Report on the bubonic plague in Bombay, 1896-1897
Year: 1896
Disease focus: Plague
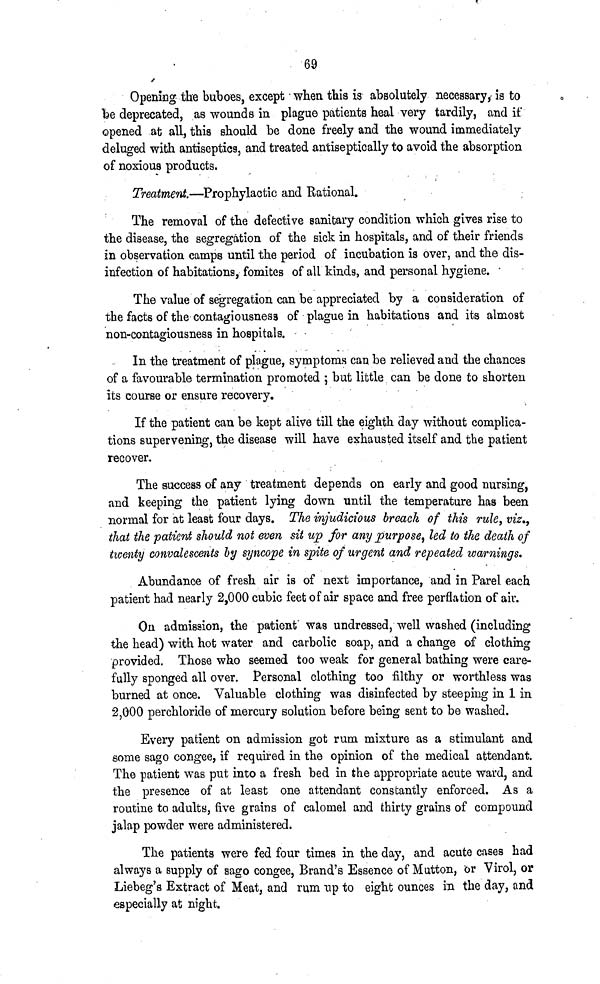
69
Opening the buboes, except when this is absolutely necessary, is to
be deprecated, as wounds in plague patients heal very tardily, and if
opened at all, this should be done freely and the wound immediately
deluged with antiseptics, and treated antiseptically to avoid the absorption
of noxious products.
Treatment.—Prophylactic and Rational.
The removal of the defective sanitary condition which gives rise to
the disease, the segregation of the sick in hospitals, and of their friends
in observation camps until the period of incubation is over, and the dis-
infection of habitations, fomites of all kinds, and personal hygiene.
The value of segregation can be appreciated by a consideration of
the facts of the contagiousness of plague in habitations and its almost
non-contagiousness in hospitals.
In the treatment of plague, symptoms can be relieved and the chances
of a favourable termination promoted ; but little can be done to shorten
its course or ensure recovery.
If the patient can be kept alive till the eighth day without complica-
tions supervening, the disease will have exhausted itself and the patient
recover.
The success of any treatment depends on early and good nursing,
and keeping the patient lying down until the temperature has been
normal for at least four days. The injudicious breach of this rule, viz.,
that the patient should not even sit up for any purpose, led to the death of
twenty convalescents by syncope in spite of urgent and repeated warnings.
Abundance of fresh air is of next importance, and in Parel each
patient had nearly 2,000 cubic feet of air space and free perflation of air.
On admission, the patient was undressed, well washed (including
the head) with hot water and carbolic soap, and a change of clothing
provided. Those who seemed too weak for general bathing were care-
fully sponged all over. Personal clothing too filthy or worthless was
burned at once. Valuable clothing was disinfected by steeping in 1 in
2,000 perchloride of mercury solution before being sent to be washed.
Every patient on admission got rum mixture as a stimulant and
some sago congee, if required in the opinion of the medical attendant.
The patient was put into a fresh bed in the appropriate acute ward, and
the presence of at least one attendant constantly enforced. As a
routine to adults, five grains of calomel and thirty grains of compound
jalap powder were administered.
The patients were fed four times in the day, and acute cases had
always a supply of sago congee, Brand's Essence of Mutton, or Virol, or
Liebeg's Extract of Meat, and rum up to eight ounces in the day, and
especially at night.